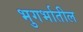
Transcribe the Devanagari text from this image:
भुगर्भातील